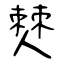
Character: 僰